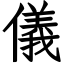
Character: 儀